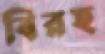
বিরহ